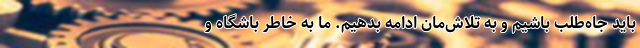
باید جاه‌طلب باشیم و به تلاش‌مان ادامه بدهیم. ما به خاطر باشگاه و